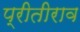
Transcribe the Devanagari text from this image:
प्रीतीराव